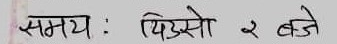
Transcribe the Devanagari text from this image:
समय : यिउसो २ बजे